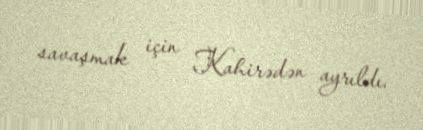
savaşmak için Kahirədən ayrıldı.